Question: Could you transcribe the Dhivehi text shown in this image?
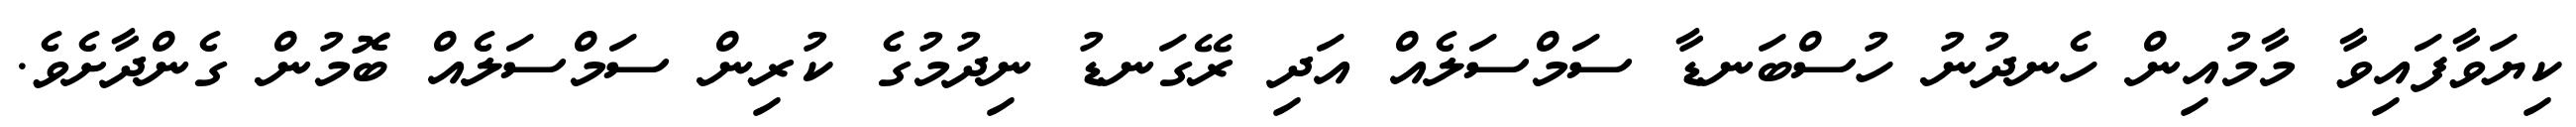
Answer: ކިޔަވާފައިވާ މާމުއިން ހެނދުނު ހުސްބަނޑާ ސަމްސަލެއް އަދި ރޭގަނޑު ނިދުމުގެ ކުރިން ސަމްސަލެއް ބޮމުން ގެންދާށެވެ.